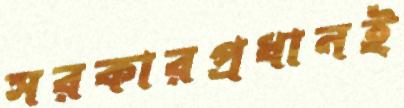
সরকারপ্রধানই